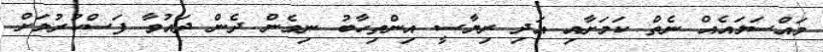
މައްސަލައެއް ނެތް ކަމަށާއި އަދި ރިޔާސީ އިންތިހާބު ނިމެން ދެން ދައުވާ ފަސްކުރުމަށް